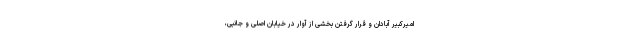
امیرکبیر آبادان و قرار گرفتن بخشی از آوار در خیابان اصلی و جانبی،